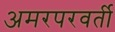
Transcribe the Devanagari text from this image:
अमरपरवर्ती